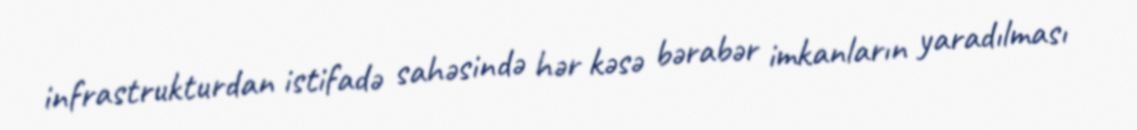
infrastrukturdan istifadə sahəsində hər kəsə bərabər imkanların yaradılması